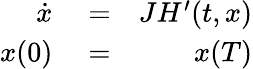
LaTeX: \begin{array}{rlr}{\dot{x}}&{{}=}&{JH^{\prime}(t,x)}\\ {x(0)}&{{}=}&{x(T)}\end{array}